Tartu_linnavalitsus, lk 39
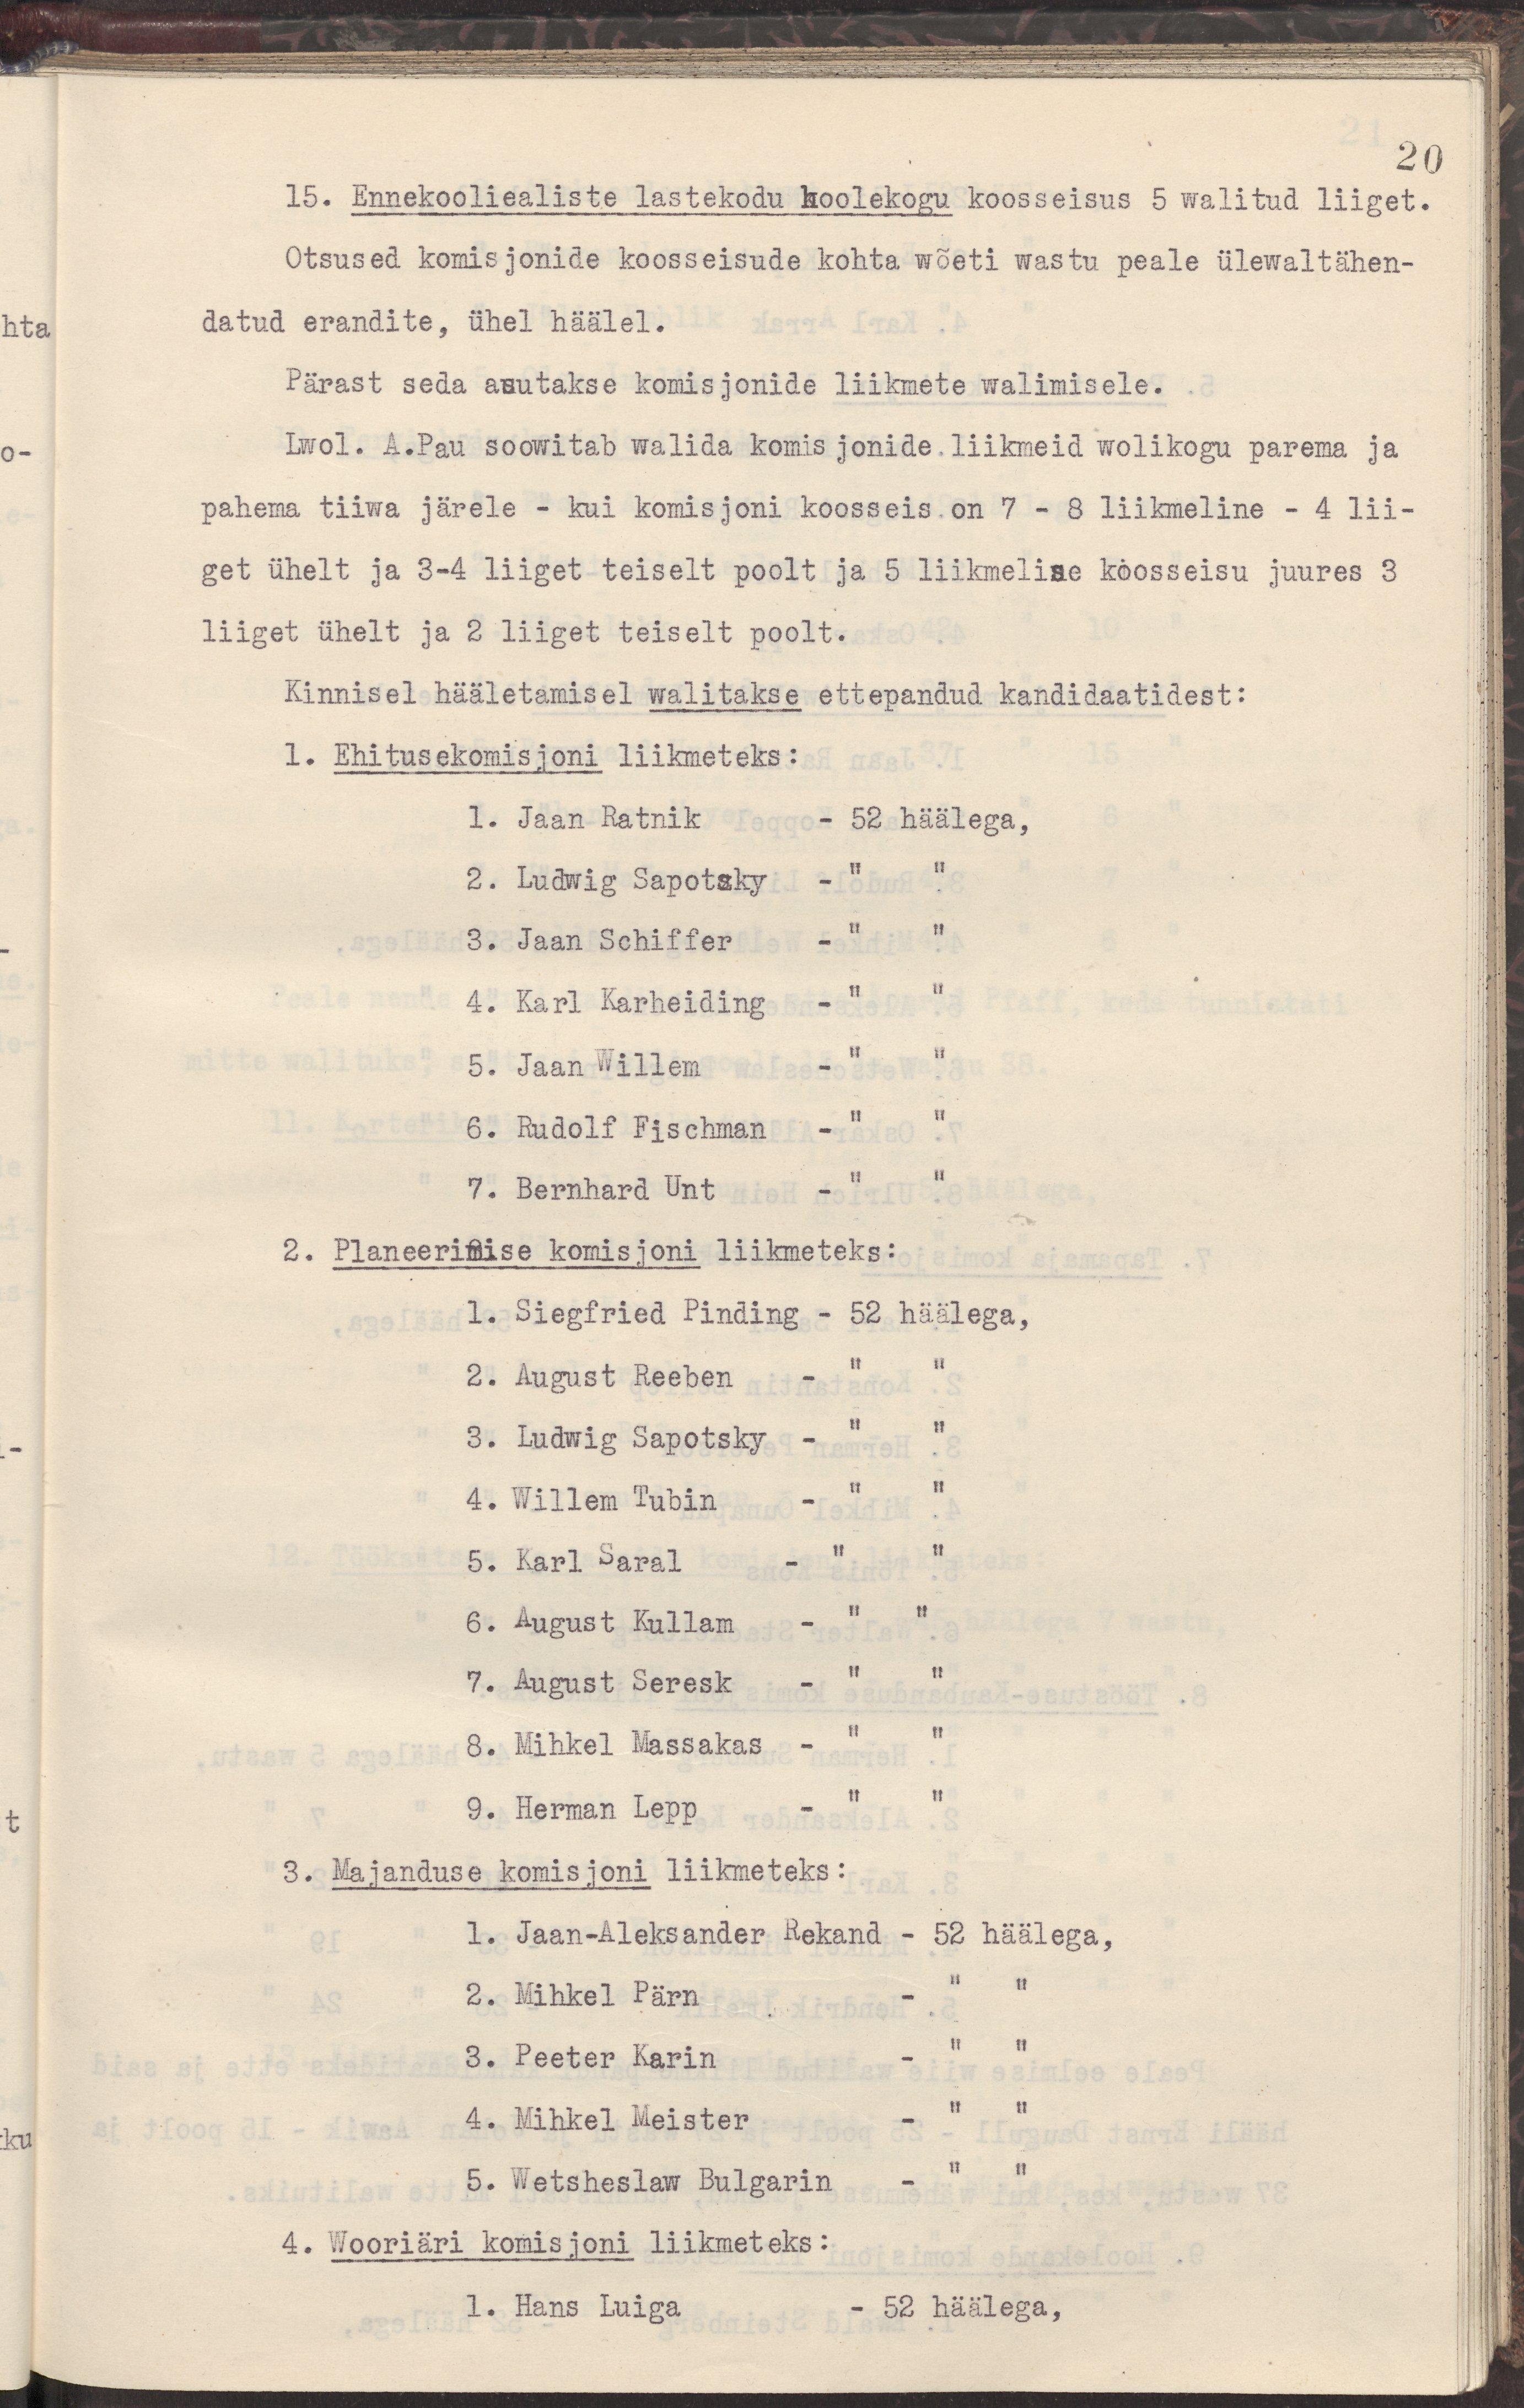
20
15. Ennekooliealiste lastekodu hoolekogu kooseisus 5 walitud liiget.
Otsused komisjonide koosseisude kohta wõeti wastu peale ülewaltähen-
datud erandite, ühel häälel.
Pärast seda asutakse komisjonide liikmete walimisele.
Lwol. A. Pau soowitab walida komisjonide liikmeid wolikogu parema ja
pahema tiiwa järele - kui komisjoni koosseis on 7 - 8 liikmeline - 4 lii-
get ühel ja 3-4 liiget teiselt poolt ja 5 liikmelise koosseisu juures 3
liiget ühelt ja 2 liiget teiselt poolt.
Kinnisel hääletamisel walitakse ettepandud kandidaatidest:
1. Ehitusekomisjoni liikmeteks:
1. Jaan Ratnik - 52 häälega,
2. Ludwig Sapotsky - " "
3. Jaan Schiffer - " "
4. Karl Karheiding - " "
5. Jaan Willem - " "
6. Rudolf Fischman - " "
7. Bernhard Unt - " "
2. Planeerimise komisjoni liikmeteks:
1. Siegfried Pinding - 52 häälega,
2. August Reeben - " "
3. Ludwig Sapotsky - " "
4. Willem Tubin - " "
5. Karl Saral - " "
6. August Kullam - " "
7. August Seresk - " "
8. Mihkel Massakas - " "
9. Herman Lepp - " "
3. Majanduse komisjoni liikmeteks:
1. Jaan-Aleksander Rekand - 52 häälega,
2. Mihkel Pärn - " "
3. Peeter Karin - " "
4. Mihkel Meister - " "
5. Wetsheslaw Bulgarin - " "
4. Wooriäri komisjoni liikmeteks:
1. Hans Luiga - 52 häälega,